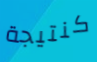
كنتيجة